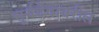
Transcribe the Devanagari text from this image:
सूर्यदेवावरील